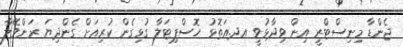
ޖެންޑާ މިނިސްޓްރީ އިން ވިދާޅުވީ އދ.އަތޮޅު ހޮސްޕިޓަލާ ގުޅިގެން ކުރިއަށް ގެންދިޔަ ރަންވޭލާ